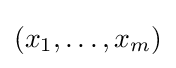
(x_{1},\ldots ,x_{m})